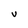
Character: V